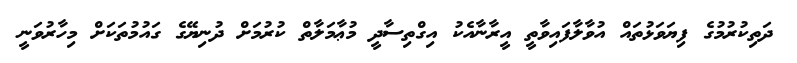
ދަތިކުރުމުގެ ފިޔަވަޅުތައް އުވާލާފައިވާތީ އީރާނާއެކު އިގްތިސާދީ މުޢާމަލާތް ކުރުމަށް ދުނިޔޭގެ ގައުމުތަކަށް މިހާރުވަނީ